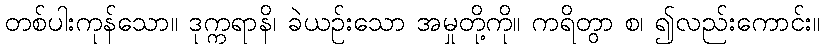
တစ်ပါးကုန်သော။ ဒုက္ကရာနိ၊ ခဲယဉ်းသော အမှုတို့ကို။ ကရိတွာ စ၊ ၍လည်းကောင်း။